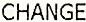
CHANGE